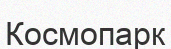
Космопарк